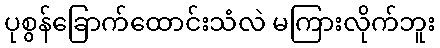
ပုစွန်ခြောက်ထောင်းသံလဲ မကြားလိုက်ဘူး